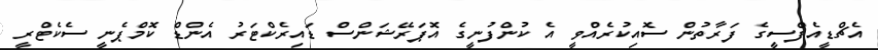
އެޗްޑީއެފްސީގެ ފަރާތުން ސޮއިކުރެއްވީ އެ ކުންފުނީގެ އޮޕަރޭޝަންސް ޑައިރެކްޓަރު އެންޑް ކޮމްޕެނީ ސެކެޓްރީ